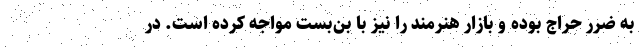
به ضرر حراج بوده و بازار هنرمند را نیز با بن‌بست مواجه کرده است. در